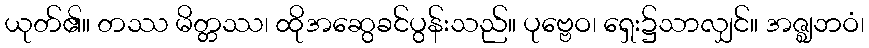
ယုတ်၏။ တဿ မိတ္တဿ၊ ထိုအဆွေခင်ပွန်းသည်။ ပုဗ္ဗေဝ၊ ရှေး၌သာလျှင်။ အဇ္ဈဘဝံ၊